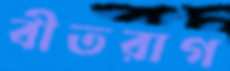
বীতরাগ